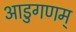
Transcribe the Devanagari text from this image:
आडुगणम्